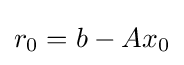
r_{0}=b-Ax_{0}